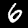
Digit: 6